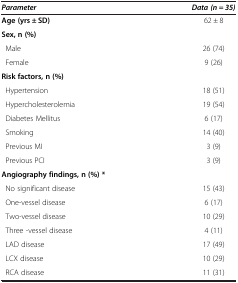
<table><thead><tr><td><b><i>Parameter</i></b></td><td><b><i>Data </i><i>(n = </i><i>35)</i></b></td></tr></thead><tbody><tr><td><b>Age</b><b>(yrs ± </b><b>SD)</b></td><td>62 ± 8</td></tr><tr><td><b>Sex, </b><b>n (%)</b></td><td> </td></tr><tr><td> Male</td><td>26 (74)</td></tr><tr><td> Female</td><td>9 (26)</td></tr><tr><td><b>Risk factors, </b><b>n (%)</b></td><td> </td></tr><tr><td> Hypertension</td><td>18 (51)</td></tr><tr><td> Hypercholesterolemia</td><td>19 (54)</td></tr><tr><td> Diabetes Mellitus</td><td>6 (17)</td></tr><tr><td> Smoking</td><td>14 (40)</td></tr><tr><td> Previous MI</td><td>3 (9)</td></tr><tr><td> Previous PCI</td><td>3 (9)</td></tr><tr><td><b>Angiography findings,</b><b>n (%) *</b></td><td> </td></tr><tr><td> No significant disease</td><td>15 (43)</td></tr><tr><td> One-vessel disease</td><td>6 (17)</td></tr><tr><td> Two-vessel disease</td><td>10 (29)</td></tr><tr><td> Three -vessel disease</td><td>4 (11)</td></tr><tr><td> LAD disease</td><td>17 (49)</td></tr><tr><td> LCX disease</td><td>10 (29)</td></tr><tr><td> RCA disease</td><td>11 (31)</td></tr></tbody></table>